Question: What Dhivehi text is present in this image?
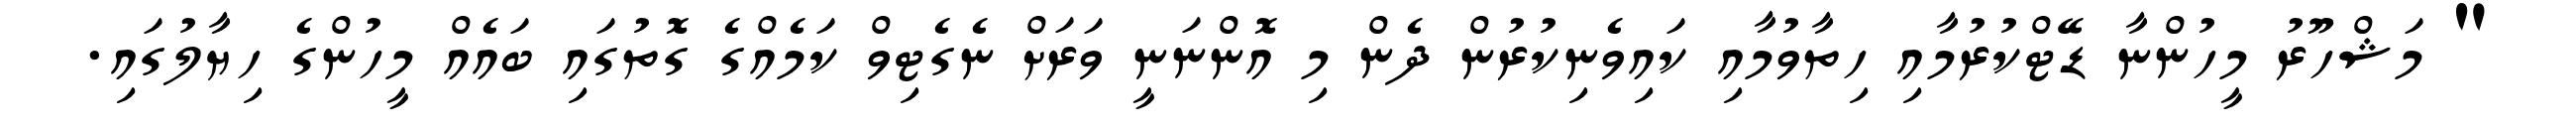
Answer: " މަޝްހޫރު މީހުންނާ ޑޭޓްކުރުމާއި ހިތާވުމާއި ކައިވެނިކުރުން ދެން މި އޮންނަނީ ވަރަށް ނެގެޓިވް ކަމެއްގެ ގޮތުގައި ބައެއް މީހުންގެ ހިޔާލުގައި.